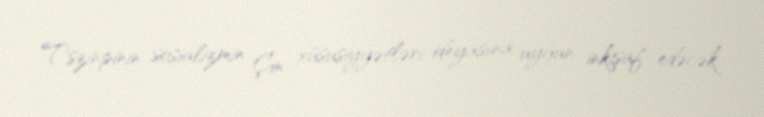
Tszinpinin sosializmin Çin xüsusiyyətləri ideyasına uyğun inkişaf edəcək.